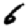
Digit: 6